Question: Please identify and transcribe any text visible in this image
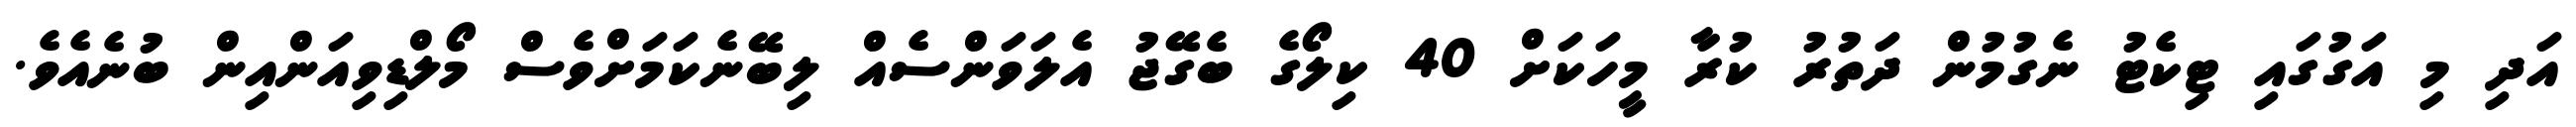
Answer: އަދި މި އަގުގައި ޓިކެޓު ނެގުމުން ދަތުރު ކުރާ މީހަކަށް 40 ކިލޯގެ ބެގޭޖު އެލަވަންސެއް ލިބޭނެކަމަށްވެސް މޯލްޑިވިއަންއިން ބުނެއެވެ.